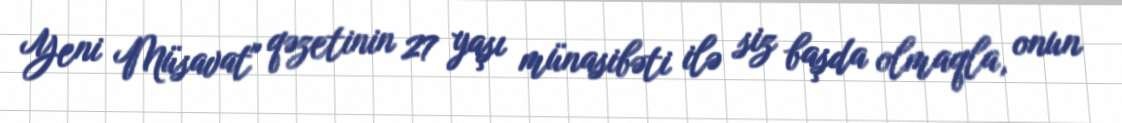
Yeni Müsavat" qəzetinin 27 yaşı münasibəti ilə siz başda olmaqla, onun